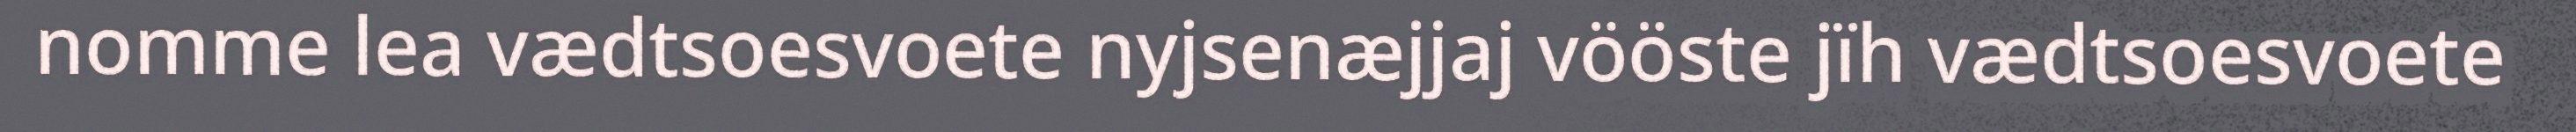
nomme lea vædtsoesvoete nyjsenæjjaj vööste jïh vædtsoesvoete